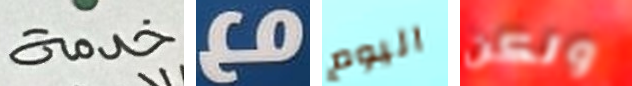
خدمة مع اليوم ولكن